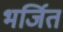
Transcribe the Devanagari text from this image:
भर्जित